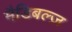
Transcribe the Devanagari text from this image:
मैडिबल्ज़